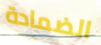
الضمادة